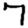
Digit: 7